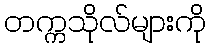
တက္ကသိုလ်များကို